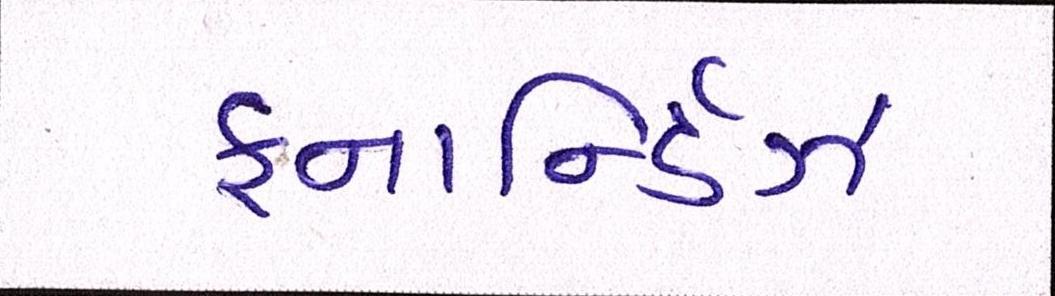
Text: ફનાર્ન્ડિઝ